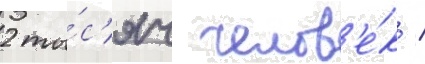
2 ты́с'яч челов'е́к /